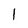
Character: 1